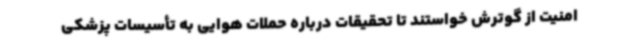
امنیت از گوترش خواستند تا تحقیقات درباره حملات هوایی به تأسیسات پزشکی